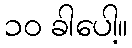
၁၀ ခါပေါ့။